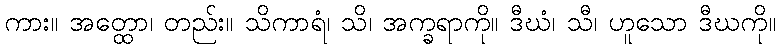
ကား။ အတ္ထော၊ တည်း။ သိကာရံ၊ သိ၊ အက္ခရာကို။ ဒီဃံ၊ သီ၊ ဟူသော ဒီဃကို။